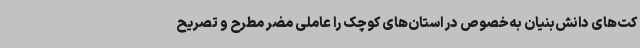
کت‌های دانش‌بنیان به‌خصوص در استان‌های کوچک را عاملی مضر مطرح و تصریح